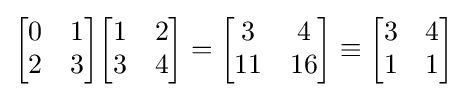
{\begin{bmatrix}0&1\\2&3\end{bmatrix}}{\begin{bmatrix}1&2\\3&4\end{bmatrix}}={\begin{bmatrix}3&4\\11&16\end{bmatrix}}\equiv {\begin{bmatrix}3&4\\1&1\end{bmatrix}}